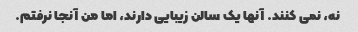
نه، نمی کنند. آنها یک سالن زیبایی دارند، اما من آنجا نرفتم.